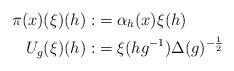
LaTeX: \begin{align*}\pi(x)(\xi)(h):&=\alpha_{h}(x)\xi(h) \\U_{g}(\xi)(h):&= \xi(hg^{-1})\Delta(g)^{-\frac{1}{2}} \end{align*}